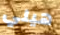
هيلي